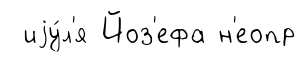
иjу́л'я Йоз'ефа н'еопр